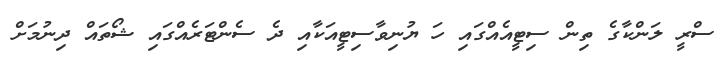
ސްރީ ލަންކާގެ ތިން ސިޓީއެއްގައި ހަ ޔުނިވާސިޓީއަކާއި ދެ ސެންޓަރެއްގައި ޝޯތައް ދިނުމަށް